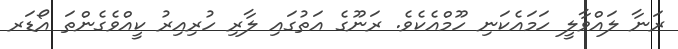
ރަނާ ލައްވާލީ ހަމައެކަނި ހޫމްއެކެވެ. ރަނޫގެ އަތުގައި ލާރި ހުރިއިރު ކީއްވެގެންތަ އޯޑަރ